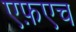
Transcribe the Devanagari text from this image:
एफ़एच